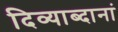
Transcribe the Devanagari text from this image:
दिव्याब्दानां